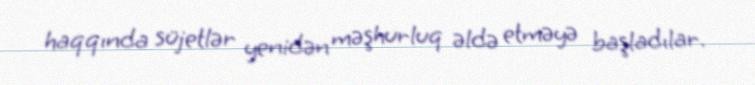
haqqında süjetlər yenidən məşhurluq əldə etməyə başladılar.